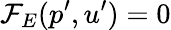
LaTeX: \mathcal{F}_{E}(p^{\prime},u^{\prime})=0